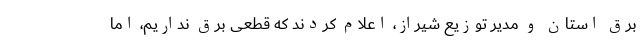
برق استان و مدیر توزیع شیراز، اعلام کردند که قطعی برق نداریم، اما